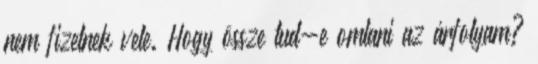
nem fizetnek vele. Hogy össze tud-e omlani az árfolyam?